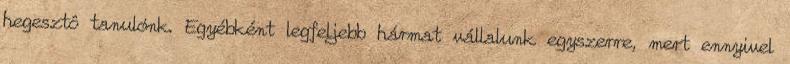
hegesztô tanulónk. Egyébként legfeljebb hármat vállalunk egyszerre, mert ennyivel